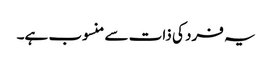
یہ فرد کی ذات سے منسوب ہے۔